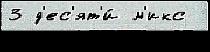
3 д'ес'ят'и́ м'икс